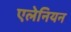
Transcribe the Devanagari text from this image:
एलेनियन